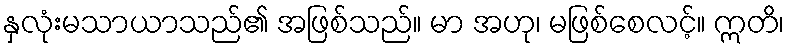
နှလုံးမသာယာသည်၏ အဖြစ်သည်။ မာ အဟု၊ မဖြစ်စေလင့်။ ဣတိ၊